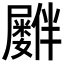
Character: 𪨠